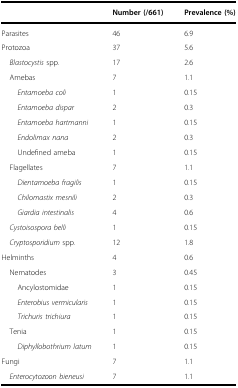
|  | Number (/661) | Prevalence (%) |
 | --- | --- | --- |
 | Parasites | 46 | 6.9 |
 | Protozoa | 37 | 5.6 |
 | Blastocystis spp. | 17 | 2.6 |
 | Amebas | 7 | 1.1 |
 | Entamoeba coli | 1 | 0.15 |
 | Entamoeba dispar | 2 | 0.3 |
 | Entamoeba hartmanni | 1 | 0.15 |
 | Endolimax nana | 2 | 0.3 |
 | Undefined ameba | 1 | 0.15 |
 | Flagellates | 7 | 1.1 |
 | Dientamoeba fragilis | 1 | 0.15 |
 | Chilomastix mesnili | 2 | 0.3 |
 | Giardia intestinalis | 4 | 0.6 |
 | Cystoisospora belli | 1 | 0.15 |
 | Cryptosporidium spp. | 12 | 1.8 |
 | Helminths | 4 | 0.6 |
 | Nematodes | 3 | 0.45 |
 | Ancylostomidae | 1 | 0.15 |
 | Enterobius vermicularis | 1 | 0.15 |
 | Trichuris trichiura | 1 | 0.15 |
 | Tenia | 1 | 0.15 |
 | Diphyllobothrium latum | 1 | 0.15 |
 | Fungi | 7 | 1.1 |
 | Enterocytozoon bieneusi | 7 | 1.1 |